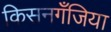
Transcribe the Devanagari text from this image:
किसनगॅँजिया